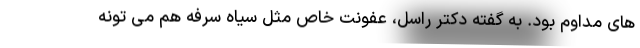
های مداوم بود. به گفته دکتر راسل، عفونت خاص مثل سیاه سرفه هم می تونه